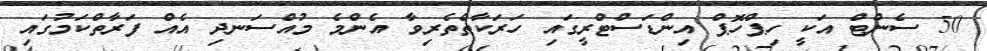
50 ސެންޓް އަކީ ހިޕްހޮޕް އިންޑަސްޓްރީގައި ހަރަކާތްތެރިވާ އެންމެ މުއްސަނދި އެއް ފަރާތްކަމުގައި